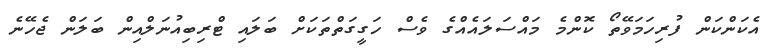
އެކަންކަން ފުރިހަމަވޭތޯ ކޮންމެ މައްސަލައެއްގެ ވެސް ހަގީގަތްތަކަށް ބަލައި ޓްރިބިއުނަލްއިން ބަލަން ޖެހޭނެ